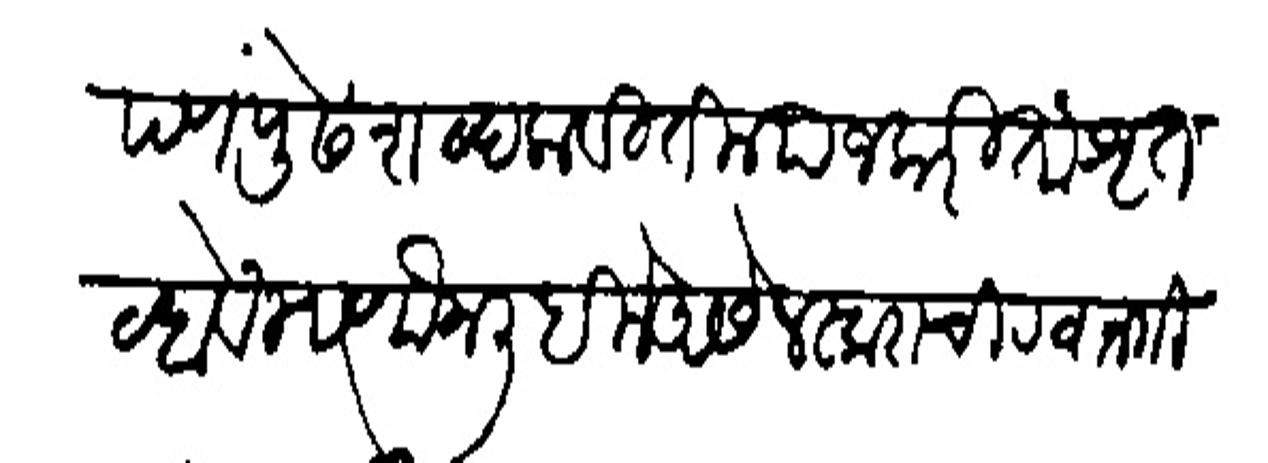
Transliteration (Devanagari): आपण पुढें शद्र लाबितील याजकरिता श्रुत बहावें म्हणोन लिहिले असे लस्कराची रवानगी